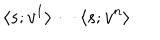
\langle s ; v ^ { 1 } \rangle \cdots \langle s ; v ^ { n } \rangle